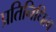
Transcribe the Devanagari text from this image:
प्रतिनिधित्व